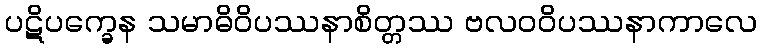
ပဋိပက္ခေန သမာဓိဝိပဿနာစိတ္တဿ ဗလဝဝိပဿနာကာလေ